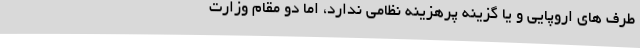
طرف های اروپایی و یا گزینه پرهزینه نظامی ندارد، اما دو مقام وزارت